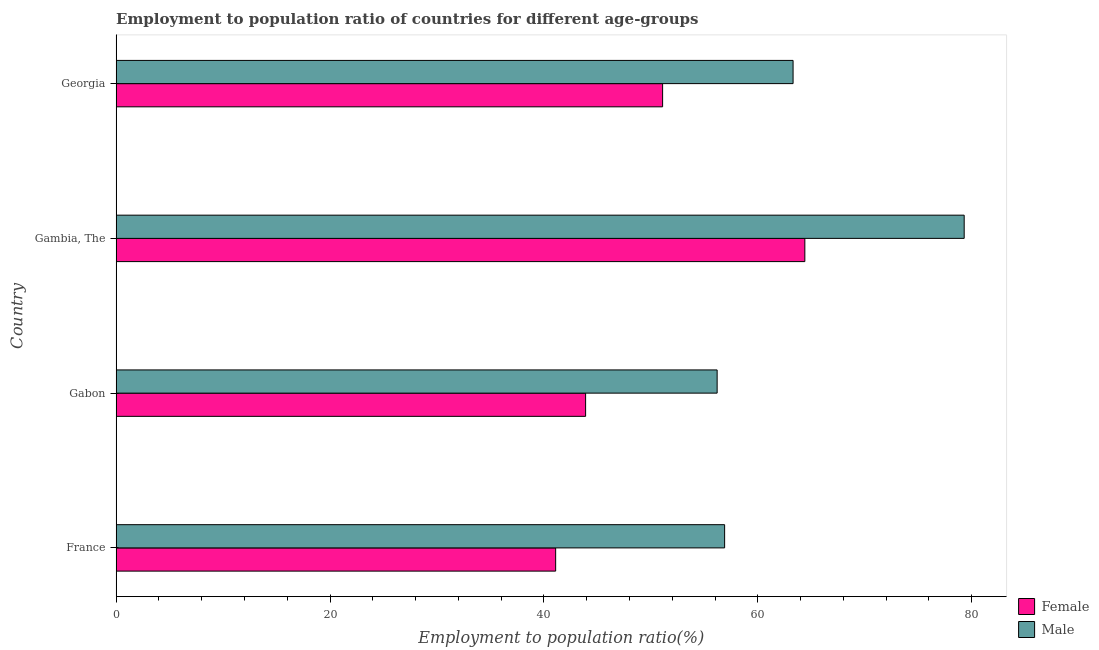
| Country | Female | Male |
 | --- | --- | --- |
 | France | 41.1 | 56.9 |
 | Gabon | 43.9 | 56.2 |
 | Gambia, The | 64.4 | 79.3 |
 | Georgia | 51.1 | 63.3 |